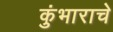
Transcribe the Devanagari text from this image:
कुंभाराचे